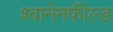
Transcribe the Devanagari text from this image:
श्वानेनफील्ड